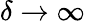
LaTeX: \delta\rightarrow\infty